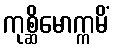
ကုစ္ဆိမောက္ကမိံ